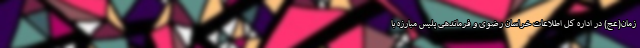
زمان(عج) در اداره کل اطلاعات خراسان رضوی و فرماندهی پلیس مبارزه با